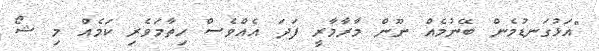
"އަޅުގަނޑުމެން ބޭނުމެއް ނޫން މާރާމާރީ ފަދަ އެއްވެސް ހިތާމަވެރި ކަމެއް މި ޝޯ